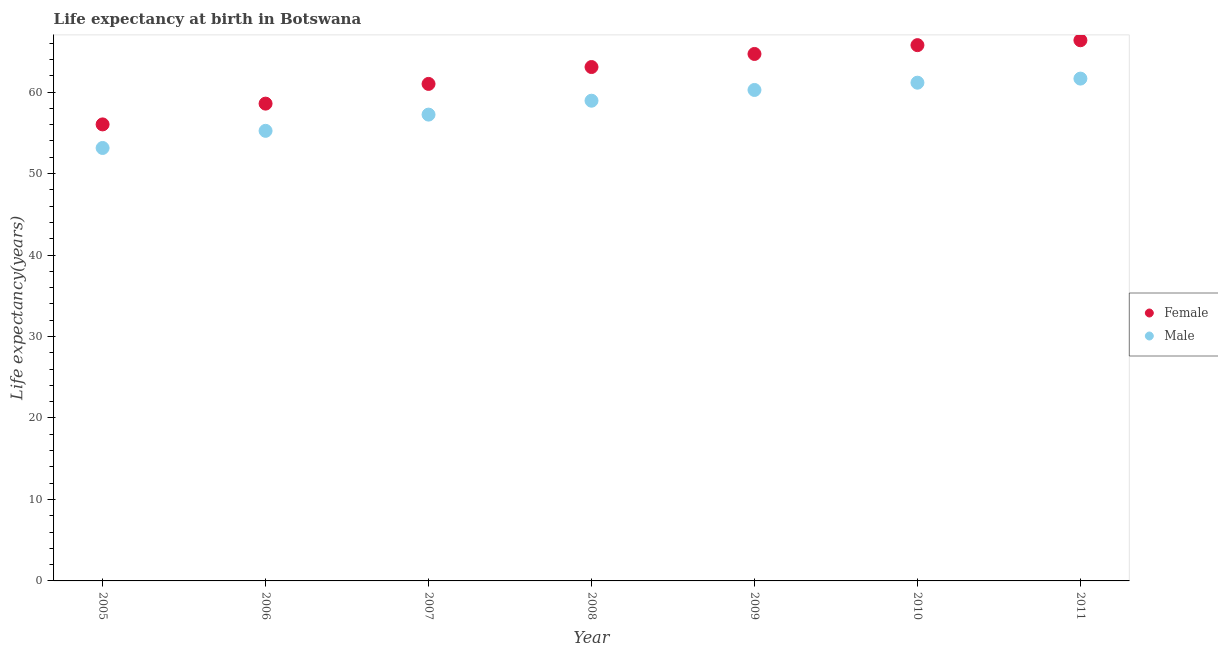
| Year | Female | Male |
 | --- | --- | --- |
 | 2005 | 56 | 53.1 |
 | 2006 | 58.6 | 55.2 |
 | 2007 | 61 | 57.2 |
 | 2008 | 63.1 | 58.9 |
 | 2009 | 64.7 | 60.3 |
 | 2010 | 65.8 | 61.2 |
 | 2011 | 66.4 | 61.7 |